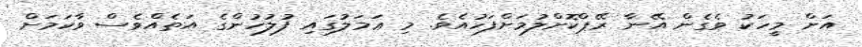
އަށް މީހަކު ވެގެން އޭނާ ރޭޕްކޮށްލުމަށްފަހުއެވެ. މި ޢަމަލުގައި ފުލުހުންގެ އަތެއްވެސް ވާކަމަށް